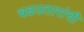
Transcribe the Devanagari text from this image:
चढउतारांची